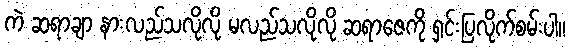
ကဲ ဆရာချာ နားလည်သလိုလို မလည်သလိုလို ဆရာဇေကို ရှင်းပြလိုက်စမ်းပါ။